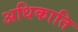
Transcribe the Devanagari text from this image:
अधिकाति